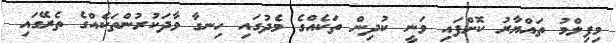
މިފިލްމު ތައްޔާރު ކޮށްފައި ވަނީ ކުދިން ތަކެއްގެ މެދުގައި ހިނގާ ވާދަކުރުންތަކެއްގެ ތެރޭގައި